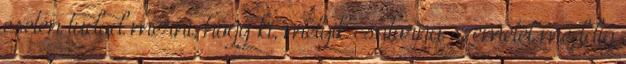
esetén tudod mérni, hogy ki, melyik csatorna szemetét meddig